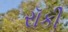
રૉકી